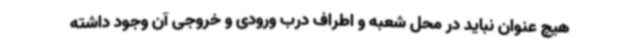
هیچ عنوان نباید در محل شعبه و اطراف درب ورودی و خروجی آن وجود داشته